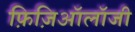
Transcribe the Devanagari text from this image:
फ़िज़िऑलॉजी